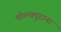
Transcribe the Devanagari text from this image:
चोव्न्क्पुराना